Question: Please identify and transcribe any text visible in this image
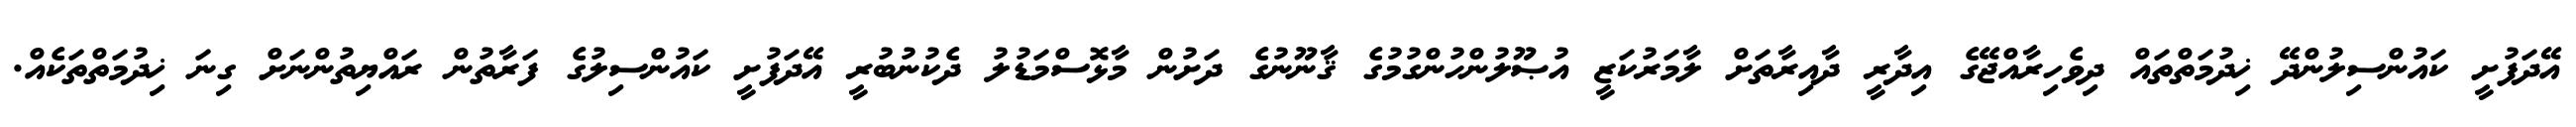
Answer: އޭދަފުށީ ކައުންސިލުންދޭ ޚިދުމަތްތައް ދިވެހިރާއްޖޭގެ އިދާރީ ދާއިރާތަށް ލާމަރުކަޒީ އުޞޫލުންހުންގުމުގެ ޤާނޫނުގެ ދަށުން މާޅޮސްމަޑުލު ދެކުނުބުރީ އޭދަފުށީ ކައުންސިލުގެ ފަރާތުން ރައްޔިތުންނަށް ގިނަ ޚިދުމަތްތަކެއް.